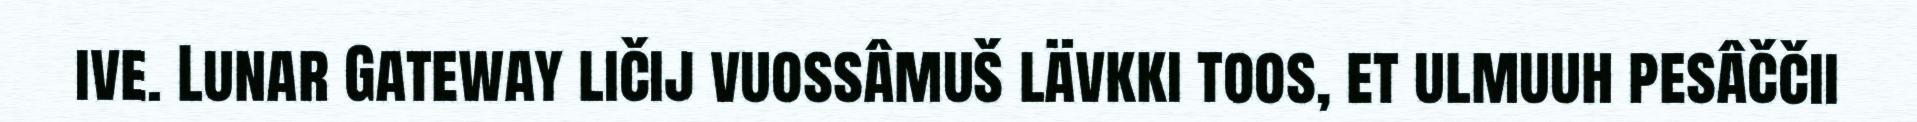
ive. Lunar Gateway ličij vuossâmuš lävkki toos, et ulmuuh pesâččii